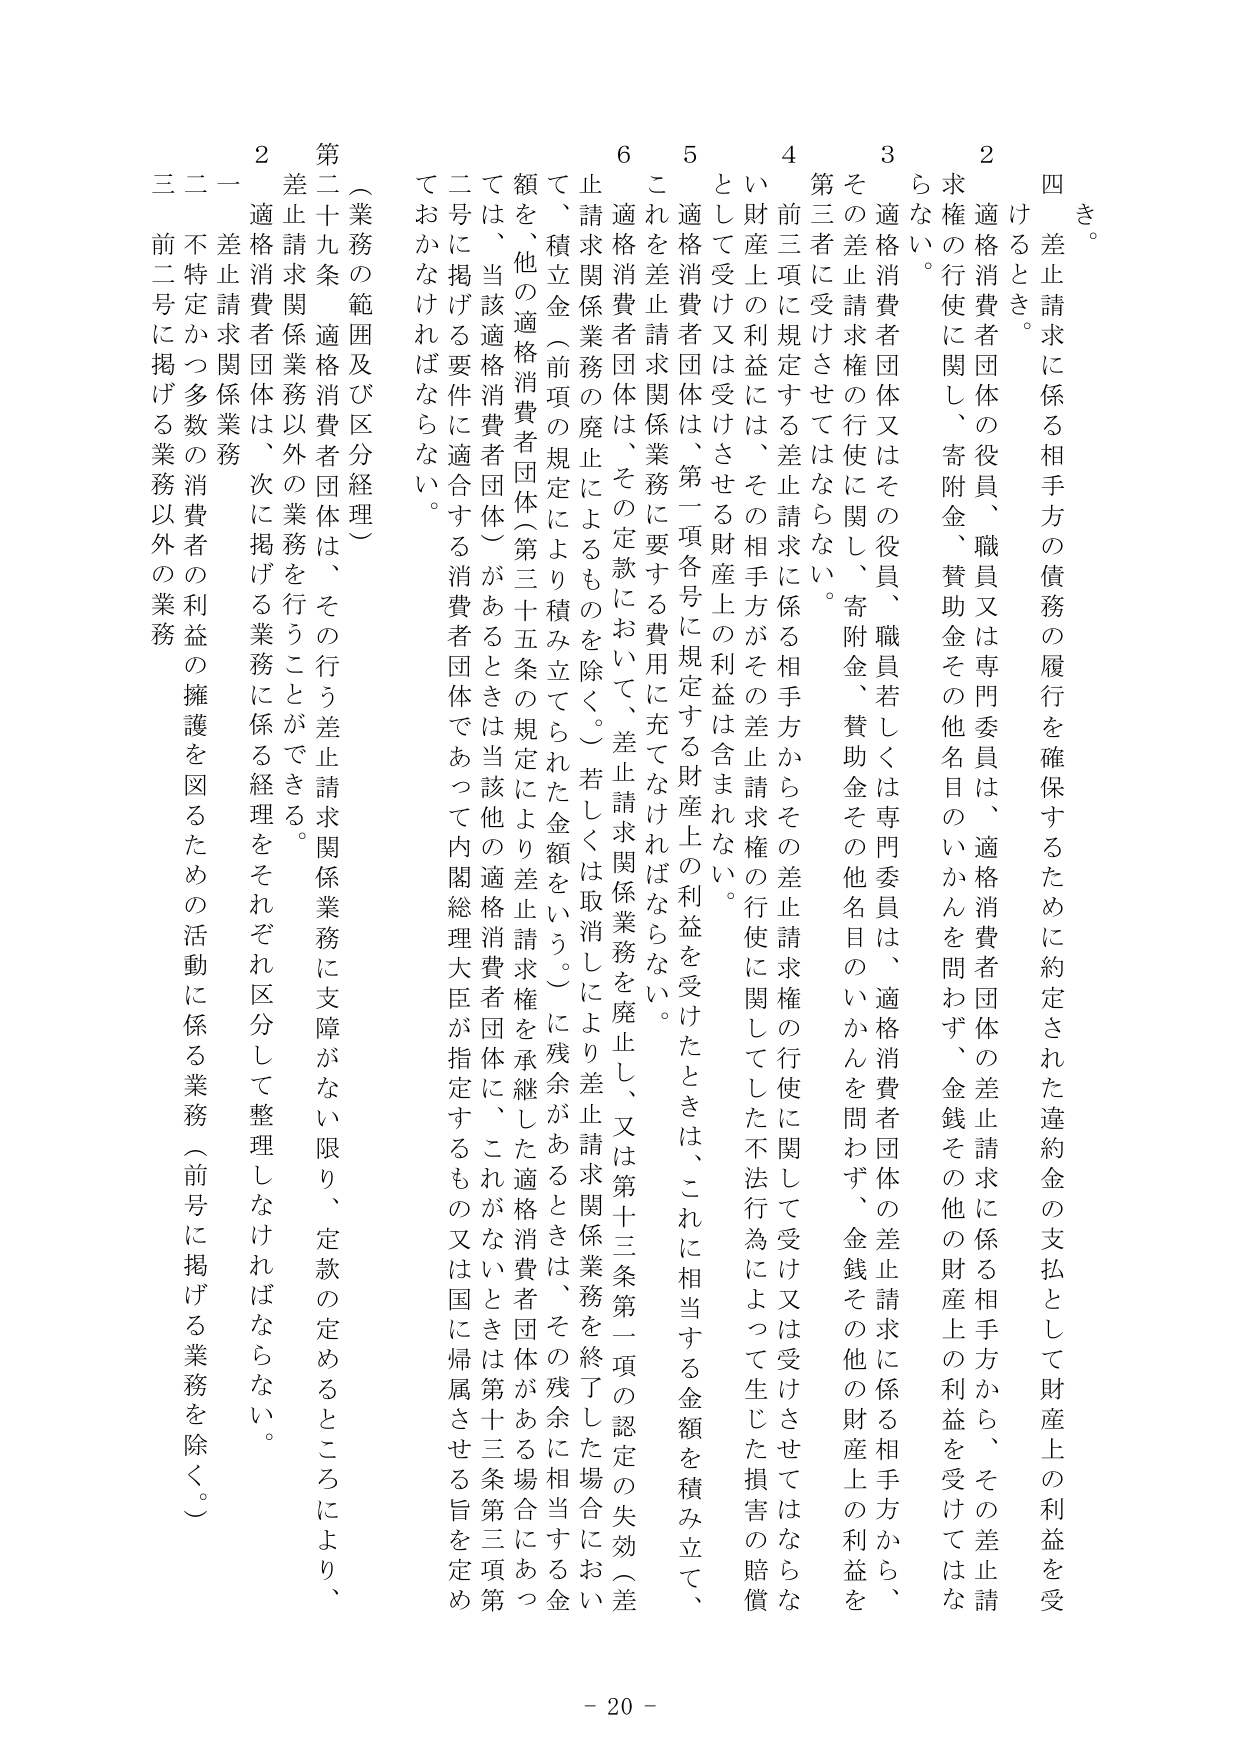
き。

四　差止請求に係る相手方の債務の履行を確保するために約定された違約金の支払として財産上の利益を受けるとき。

２　適格消費者団体の役員、職員又は専門委員は、適格消費者団体の差止請求に係る相手方から、その差止請求権の行使に関し、寄附金、賛助金その他名目のいかんを問わず、金銭その他の財産上の利益を受けてはならない。

３　適格消費者団体又はその役員、職員若しくは専門委員は、適格消費者団体の差止請求に係る相手方から、その差止請求権の行使に関し、寄附金、賛助金その他名目のいかんを問わず、金銭その他の財産上の利益を第三者に受けさせてはならない。

４　前三項に規定する差止請求に係る相手方からその差止請求権の行使に関して受け又は受けさせてはならない財産上の利益には、その相手方がその差止請求権の行使に関してした不法行為によって生じた損害の賠償として受け又は受けさせる財産上の利益は含まれない。

５　適格消費者団体は、第一項各号に規定する財産上の利益を受けたときは、これに相当する金額を積み立て、これを差止請求関係業務に要する費用に充てなければならない。

６　適格消費者団体は、その定款において、差止請求関係業務を廃止し、又は第十三条第一項の認定の失効（差止請求関係業務の廃止によるものを除く。）若しくは取消しにより差止請求関係業務を終了した場合において、積立金（前項の規定により積み立てられた金額をいう。）に残余があるときは、その残余に相当する金額を、他の適格消費者団体（第三十五条の規定により差止請求権を承継した適格消費者団体に、これがないときは第十三条第三項第二号に掲げる要件に適合する消費者団体であって内閣総理大臣が指定するもの又は国に帰属させる旨を定めておかなければならない。

（業務の範囲及び区分経理）

第二十九条　適格消費者団体は、その行う差止請求関係業務に支障がない限り、定款の定めるところにより、差止請求関係業務以外の業務を行うことができる。

２　適格消費者団体は、次に掲げる業務に係る経理をそれぞれ区分して整理しなければならない。

一　差止請求関係業務

二　不特定かつ多数の消費者の利益の擁護を図るための活動に係る業務（前号に掲げる業務を除く。）

三　前二号に掲げる業務以外の業務

- 20 -